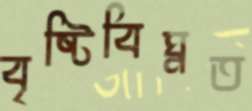
বৃষ্টিবিঘ্নত